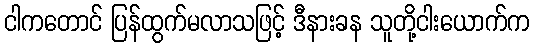
ငါကတောင် ပြန်ထွက်မလာသဖြင့် ဒီနားခန သူတို့ငါးယောက်က